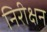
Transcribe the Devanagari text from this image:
निरीक्षन